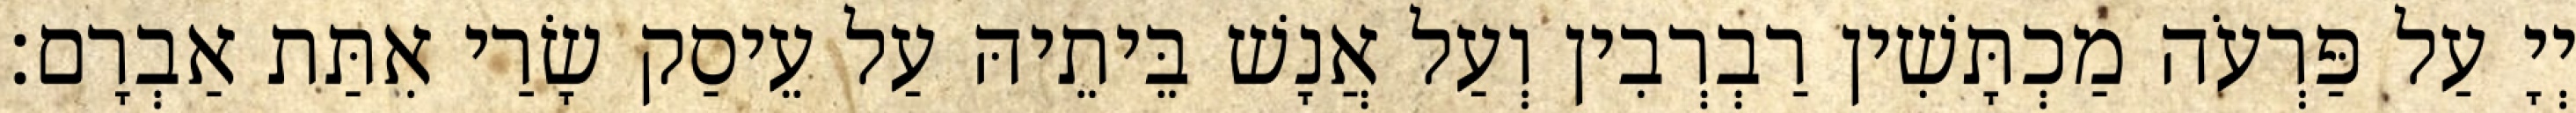
יְיָ עַל פַּרְעֹה מַכְתָּשִׁין רַבְרְבִין וְעַל אֲנָשׁ בֵּיתֵיהּ עַל עֵיסַק שָׂרַי אִתַּת אַבְרָם׃